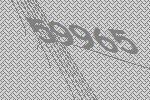
59965